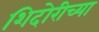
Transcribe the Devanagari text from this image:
शिदोरीच्या